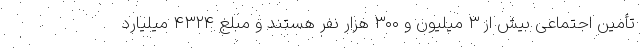
تأمین اجتماعی بیش از ۳ میلیون و ۳۰۰ هزار نفر هستند و مبلغ ۴۳۲۴ میلیارد